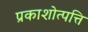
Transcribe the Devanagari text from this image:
प्रकाशोत्पत्ति